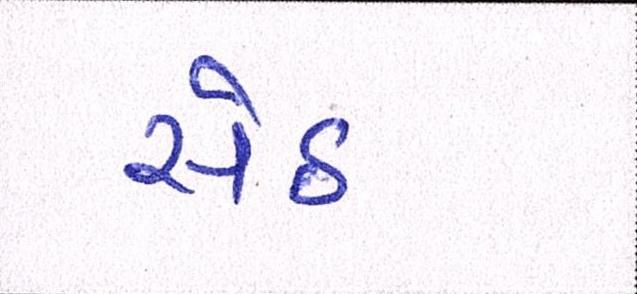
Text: સેઠ